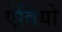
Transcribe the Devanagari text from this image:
ऐवियो